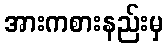
အားကစားနည်းမှ